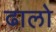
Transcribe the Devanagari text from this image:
ढालो